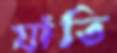
যাঁতি